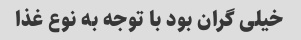
خیلی گران بود با توجه به نوع غذا